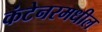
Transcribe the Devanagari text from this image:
कंटेनरमधील